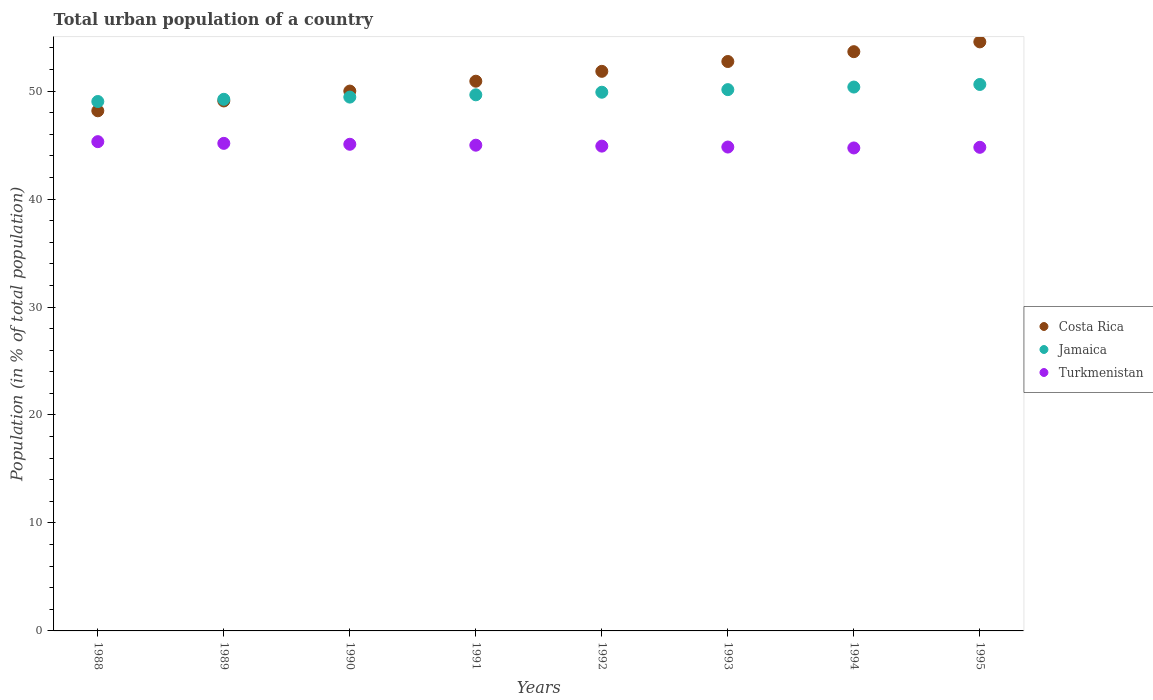
| Years | Costa Rica | Jamaica | Turkmenistan |
 | --- | --- | --- | --- |
 | 1988 | 48.2 | 49 | 45.3 |
 | 1989 | 49.1 | 49.2 | 45.2 |
 | 1990 | 50 | 49.4 | 45.1 |
 | 1991 | 50.9 | 49.7 | 45 |
 | 1992 | 51.8 | 49.9 | 44.9 |
 | 1993 | 52.7 | 50.1 | 44.8 |
 | 1994 | 53.7 | 50.4 | 44.7 |
 | 1995 | 54.6 | 50.6 | 44.8 |